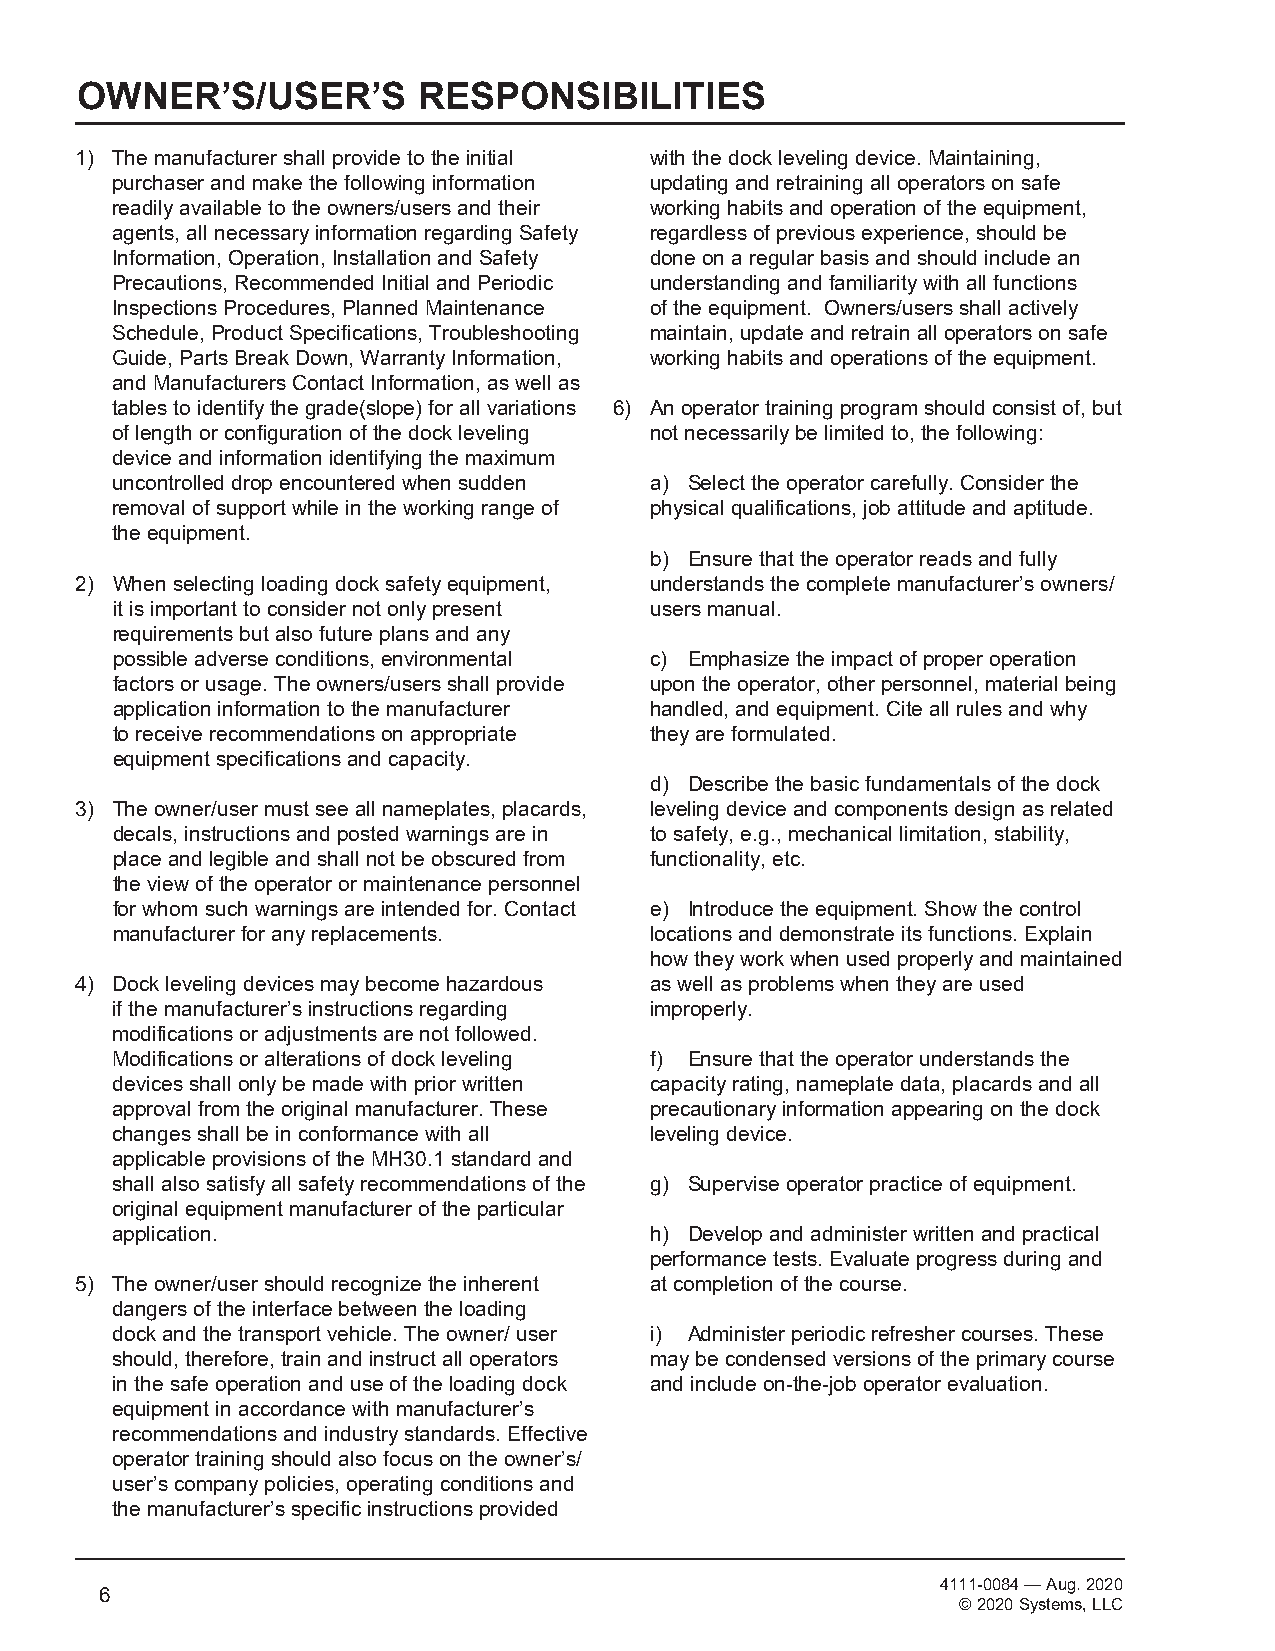
OWNER’S/USER’S         RESPONSIBILITIES
 1) The manufacturer shall provide to the initial with the dock leveling device. Maintaining,
 purchaser and make the following information updating and retraining all operators on safe
 readily available to the owners/users and their working habits and operation of the equipment,
 agents, all necessary information regarding Safety regardless of previous experience, should be
 Information, Operation, Installation and Safety done on a regular basis and should include an
 Precautions, Recommended Initial and Periodic understanding and familiarity with all functions
 Inspections Procedures, Planned Maintenance of the equipment. Owners/users shall actively
 Schedule, Product Specifications, Troubleshooting maintain, update and retrain all operators on safe
 Guide, Parts Break Down, Warranty Information, working habits and operations of the equipment.
 and Manufacturers Contact Information, as well as
 tables to identify the grade(slope) for all variations 6) An operator training program should consist of, but
 of length or configuration of the dock leveling not necessarily be limited to, the following:
 device and information identifying the maximum
 uncontrolled drop encountered when sudden a) Select the operator carefully. Consider the
 removal of support while in the working range of physical qualifications, job attitude and aptitude.
 the equipment.
 b) Ensure that the operator reads and fully
 2) When selecting loading dock safety equipment, understands the complete manufacturer’s owners/
 it is important to consider not only present users manual.
 requirements but also future plans and any
 possible adverse conditions, environmental c) Emphasize the impact of proper operation
 factors or usage. The owners/users shall provide upon the operator, other personnel, material being
 application information to the manufacturer handled, and equipment. Cite all rules and why
 to receive recommendations on appropriate they are formulated.
 equipment specifications and capacity.
 d) Describe the basic fundamentals of the dock
 3) The owner/user must see all nameplates, placards, leveling device and components design as related
 decals, instructions and posted warnings are in to safety, e.g., mechanical limitation, stability,
 place and legible and shall not be obscured from functionality, etc.
 the view of the operator or maintenance personnel
 for whom such warnings are intended for. Contact e) Introduce the equipment. Show the control
 manufacturer for any replacements.  locations and demonstrate its functions. Explain
 how they work when used properly and maintained
 4) Dock leveling devices may become hazardous as well as problems when they are used
 if the manufacturer’s instructions regarding improperly.
 modifications or adjustments are not followed.
 Modifications or alterations of dock leveling f) Ensure that the operator understands the
 devices shall only be made with prior written capacity rating, nameplate data, placards and all
 approval from the original manufacturer. These precautionary information appearing on the dock
 changes shall be in conformance with all leveling device.
 applicable provisions of the MH30.1 standard and
 shall also satisfy all safety recommendations of the g) Supervise operator practice of equipment.
 original equipment manufacturer of the particular
 application.                        h) Develop and administer written and practical
 performance tests. Evaluate progress during and
 5) The owner/user should recognize the inherent at completion of the course.
 dangers of the interface between the loading
 dock and the transport vehicle. The owner/ user i) Administer periodic refresher courses. These
 should, therefore, train and instruct all operators may be condensed versions of the primary course
 in the safe operation and use of the loading dock and include on-the-job operator evaluation.
 equipment in accordance with manufacturer’s
 recommendations and industry standards. Effective
 operator training should also focus on the owner’s/
 user’s company policies, operating conditions and
 the manufacturer’s specific instructions provided
 4111-0084 — Aug. 2020
 6
 © 2020 Systems, LLC